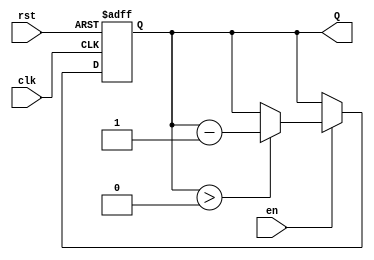
module binary_down_counter (
    input wire clk,       // Clock signal
    input wire rst,       // Asynchronous reset signal
    input wire en,        // Enable signal for counting down
    output reg [3:0] Q    // 4-bit output for the counter (max count = 15)
);
    
    // Maximum count value for a 4-bit counter
    localparam MAX_COUNT = 4'b1111;

    // Synchronous process for counter operation
    always @(posedge clk or posedge rst) begin
        if (rst) begin
            // Reset the counter to the maximum count value
            Q <= MAX_COUNT;
        end else if (en) begin
            // Decrement the counter if enabled, ensuring it does not go below zero
            if (Q > 0) begin
                Q <= Q - 1;
            end
        end
        // If enable is low, Q retains its current value
    end

endmodule